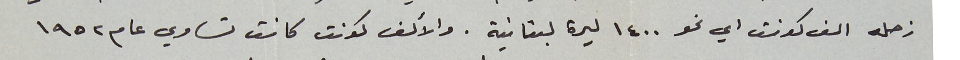
زحله الف كونت اي نحو ١٤٠٠ ليرة لبنانية. والألف كونت كانت تساوي عام ١٩٥٢